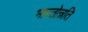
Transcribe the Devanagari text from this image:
भारतोन्नति